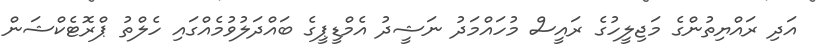
އަދި ރައްޔިތުންގެ މަޖިލީހުގެ ރައީސް މުހައްމަދު ނަޝީދު އެމްޑީޕީގެ ބައްދަލުވުމެއްގައި ހެލްތު ޕްރޮޓެކްޝަން